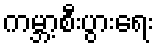
ကမ္ဘာ့စီးပွားရေး